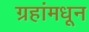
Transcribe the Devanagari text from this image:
ग्रहांमधून